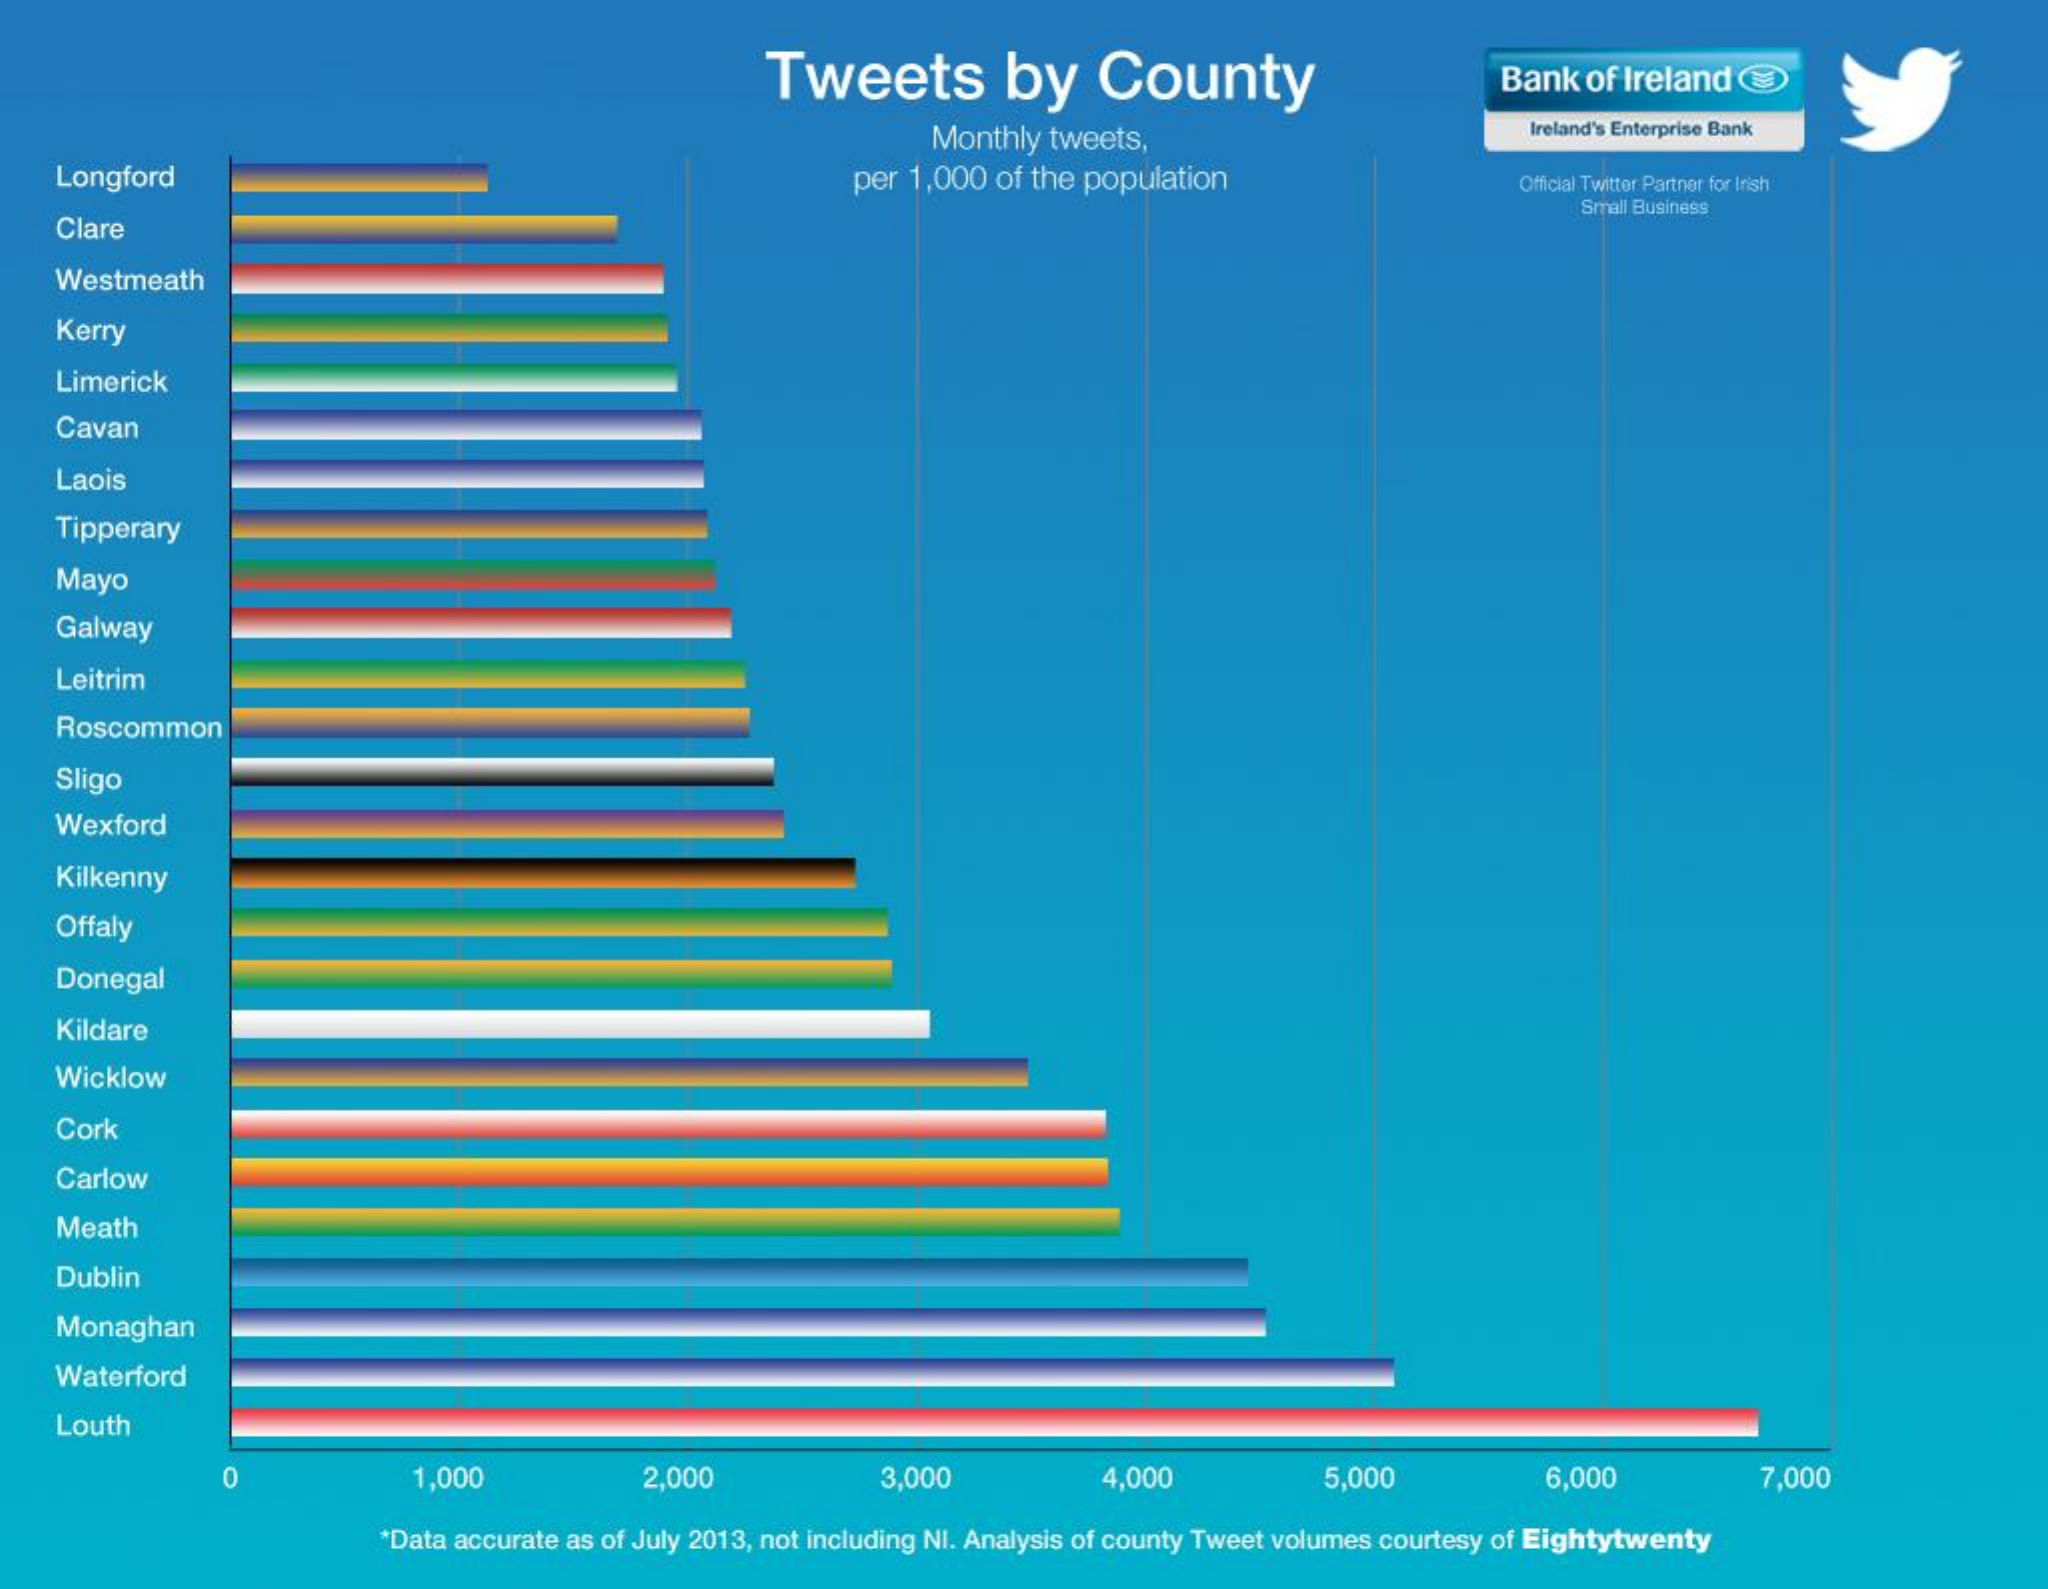
Tweets    by    County    Bank  of Ireland
     Monthly tweets,
     Ireland's Enterprise Bank
    Longford    per 1,000 of the population    Official Twitter Partner for Irish
    Clare
     Small Business
    Westmeath
    Kerry
    Limerick
    Cavan
    Laois
    Tipperary
    Mayo
    Galway
    Leitrim
    Roscommon
    Sligo
    Wexford
    Kilkenny
    Offaly
    Donegal
    Kildare
    Wicklow
    Cork
    Carlow
    Meath
    Dublin
    Monaghan
    Waterford
    Louth
     0    1,000    2,000    3,000    4,000    5,000    6,000    7,000
     *Data accurate as of July 2013, not including NI. Analysis of county Tweet volumes courtesy of Eightytwenty